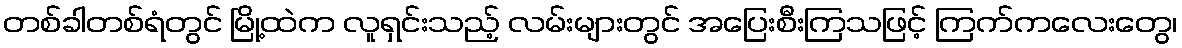
တစ်ခါတစ်ရံတွင် မြို့ထဲက လူရှင်းသည့် လမ်းများတွင် အပြေးစီးကြသဖြင့် ကြက်ကလေးတွေ၊